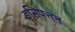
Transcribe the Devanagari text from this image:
इसिपत्तन